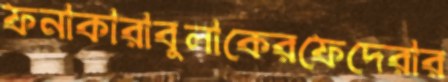
ফনাকারাবুলাকেরফেদেরার